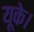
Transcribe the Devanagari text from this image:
यूके।